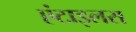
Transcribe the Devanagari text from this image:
एंटाइलस